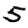
Digit: 5